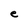
Character: e